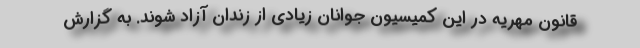
قانون مهریه در این کمیسیون جوانان زیادی از زندان آزاد شوند. به گزارش